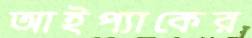
আইপ্যাকের